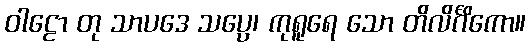
ဝါဠော တု သာပဒေ သပ္ပေ၊ ကုရူရေ သော တိလိင်္ဂိကော။